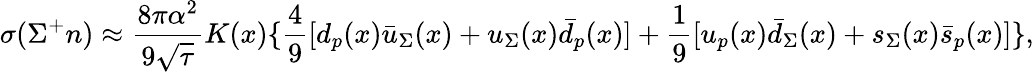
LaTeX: \sigma(\Sigma^{+}n)\approx\frac{8\pi\alpha^{2}}{9\sqrt{\tau}}K(x)\{ \frac{4}{9}[d_{p}(x)\bar{u}_{\Sigma}(x)+u_{\Sigma}(x)\bar{d}_{p}(x)]+\frac{1}{9}[u_{p}(x)\bar{d}_{\Sigma}(x)+s_{\Sigma}(x)\bar{s}_{p}(x)]\} ,